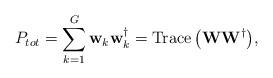
LaTeX: \begin{align*}P_{tot} = \sum_{k=1}^ G \mathbf w_k \mathbf w_k^\dag= \mathrm{Trace\left( \mathbf {WW}^\dag\right)},\end{align*}